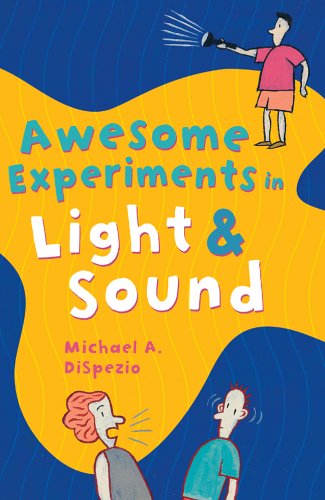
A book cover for Awesome Experiments in Light & Sound; Michael A. DiSpezio; Children's Books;